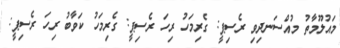
މައުލޫމާތު މުއްސަނދިވި ރެސިޕީ: ގެރިމަހު ރިހަ ރެސިޕީ: ގެރިމަހު ކަވާބު ރިހަ ރެސިޕީ: